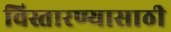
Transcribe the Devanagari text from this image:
विस्तारण्यासाठी